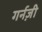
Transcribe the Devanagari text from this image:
गर्नज़ी